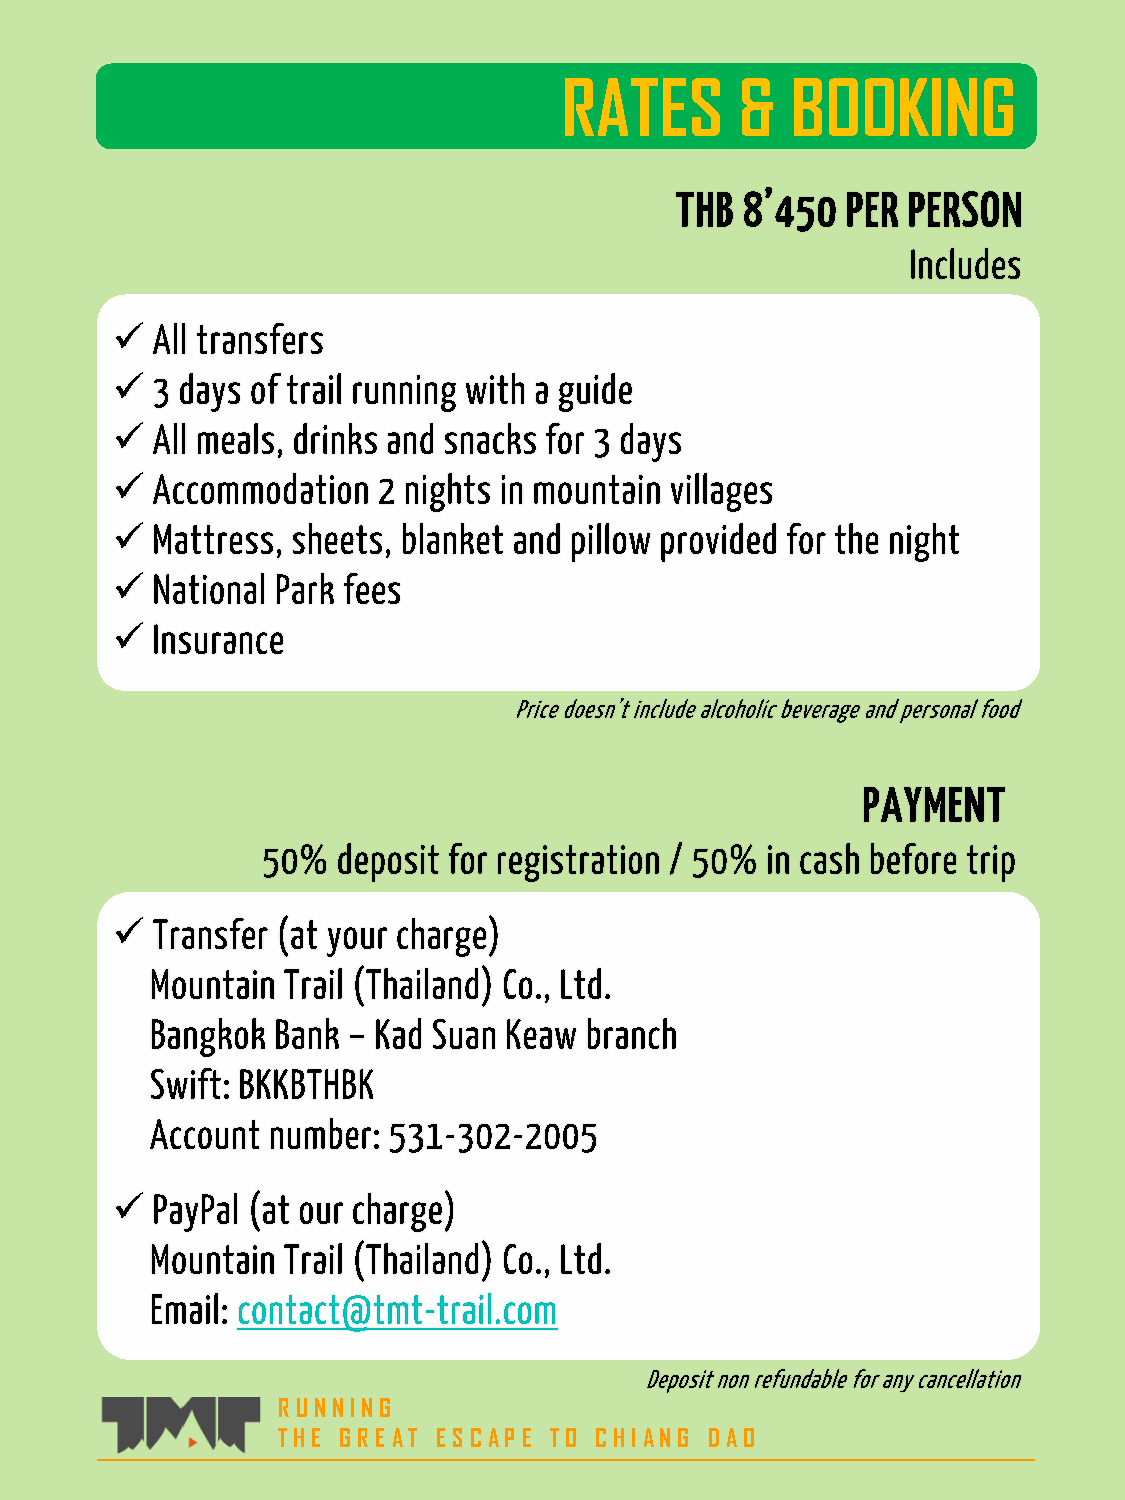
RATES       &  BOOKING
 R UNNING
 THE G R E AT E S C AP E TO C HIANG DAO